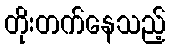
တိုးတက်နေသည့်